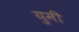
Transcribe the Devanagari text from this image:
युमी